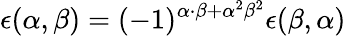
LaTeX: \epsilon(\alpha,\beta)=(-1)^{\alpha\cdot\beta+{\alpha}^{2}{\beta}^{2}}\epsilon(\beta,\alpha)